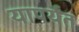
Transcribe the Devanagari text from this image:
यापर्यंत